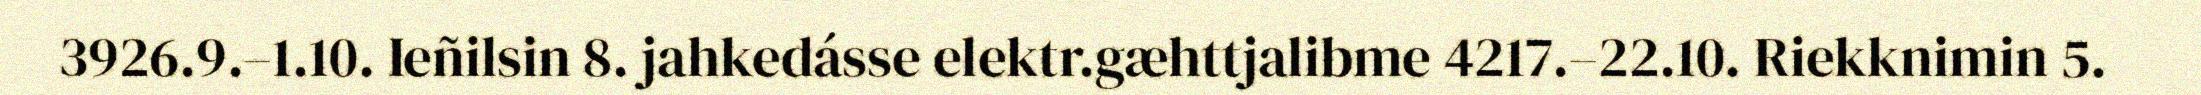
3926.9.–1.10. Ieñilsin 8. jahkedásse elektr.gæhttjalibme 4217.–22.10. Riekknimin 5.